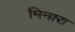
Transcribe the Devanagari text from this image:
मिनारा